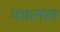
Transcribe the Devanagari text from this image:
पयत्नात